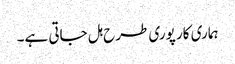
ہماری کار پوری طرح ہل جاتی ہے۔